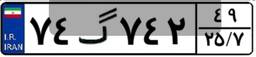
۷۴گ۷۴۲۴۹